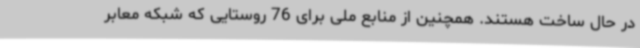
در حال ساخت هستند. همچنین از منابع ملی برای 76 روستایی که شبکه معابر